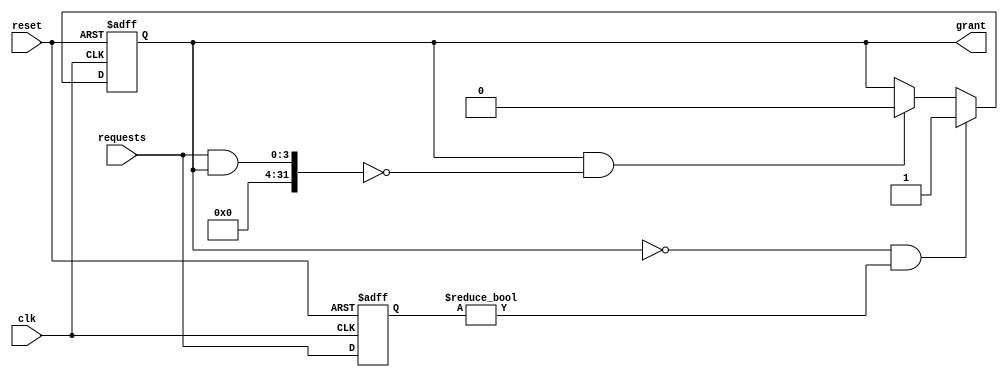
module Serial_Arbiter (
    input wire clk,               // Clock input
    input wire reset,             // Reset input
    input wire [3:0] requests,    // Input requests from entities
    output reg grant             // Output grant signal
);

reg [3:0] request_reg;  // Register to store the prioritized requests
reg grant_reg;         // Register to store the grant signal

always @(posedge clk or posedge reset) begin
    if (reset) begin
        request_reg <= 4'b0000;
        grant_reg <= 1'b0;
    end else begin
        request_reg <= requests;
        
        // Priority logic based on pre-defined algorithm (e.g. round-robin, fixed priority)
        // Implement your priority logic here
        
        // Synchronization mechanism (e.g. flip-flops)
        if (grant_reg && (requests & grant_reg) == 0) grant_reg <= 1'b0;  // Release grant when entity finishes accessing resource
        
        // Timing control to manage delays in processing requests and issuing grants
        // Implement your timing control logic here
        
        // Issue grant to highest priority entity
        if (!grant_reg && request_reg != 4'b0000) grant_reg <= 1'b1;
    end
end

assign grant = grant_reg;

endmodule